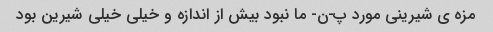
مزه ى شیرینى مورد پ-ن- ما نبود بیش از اندازه و خیلى خیلى شیرین بود